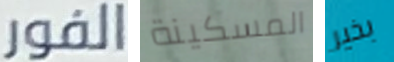
الفور المسكينة بخير